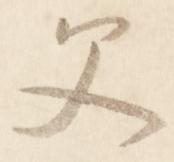
父